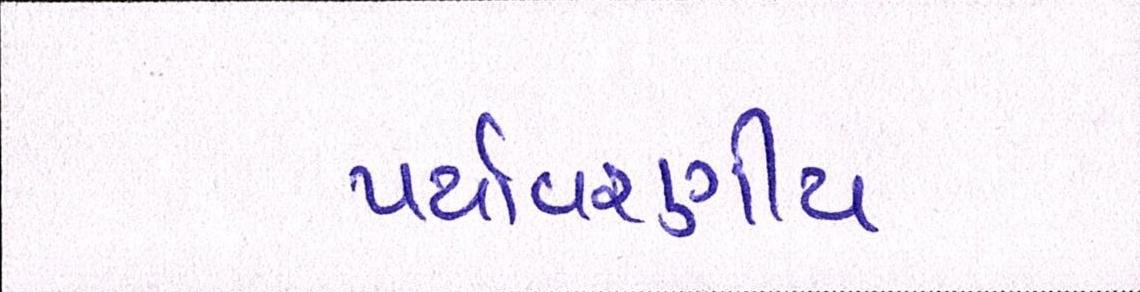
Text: પર્યાવરણીય